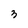
Character: 3